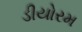
ડીયોરમ